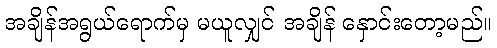
အချိန်အရွယ်ရောက်မှ မယူလျှင် အချိန် နှောင်းတော့မည်။